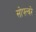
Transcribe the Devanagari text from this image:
सोफ्त्वरे